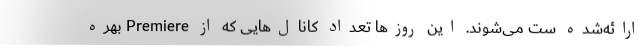
ارائه‌شده ست می‌شوند. این روزها تعداد کانال‌هایی که از Premiere بهره